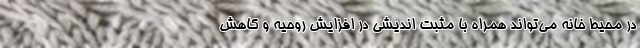
در محیط خانه می‌تواند همراه با مثبت اندیشی در افزایش روحیه و کاهش